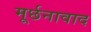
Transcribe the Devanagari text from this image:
मूर्छनावाद